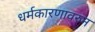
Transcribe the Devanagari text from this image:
धर्मकारणावरुन